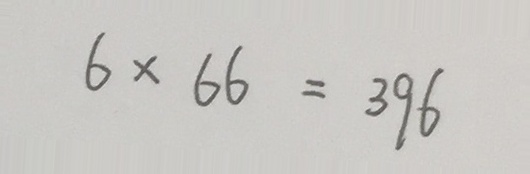
6 \times 6 6 = 3 9 6